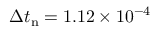
\Delta t _ { \mathrm { n } } = 1 . 1 2 \times 1 0 ^ { - 4 }